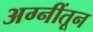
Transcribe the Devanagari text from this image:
अग्नींतून